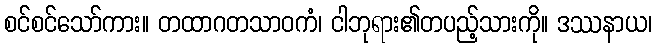
စင်စင်သော်ကား။ တထာဂတသာဝကံ၊ ငါဘုရား၏တပည့်သားကို။ ဒဿနာယ၊